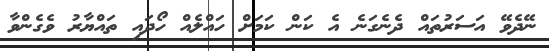
ނޭދެވޭ އަސަރުތައް ދެނެގަނެ އެ ކަން ކަމަށް ހައްލެއް ހޯދައި ތައްޔާރު ވެގެންވާ